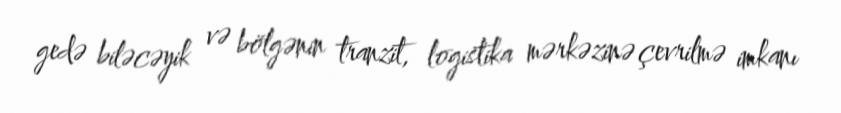
gedə biləcəyik və bölgənin tranzit, logistika mərkəzinə çevrilmə imkanı